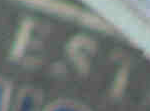
EST